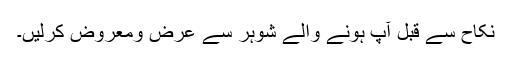
نکاح سے قبل آپ ہونے والے شوہر سے عرض ومعروض کرلیں۔